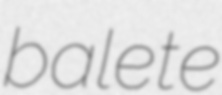
balete